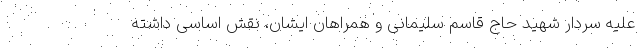
علیه سردار شهید حاج قاسم سلیمانی و همراهان ایشان، نقش اساسی داشته